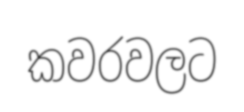
කවරවලට